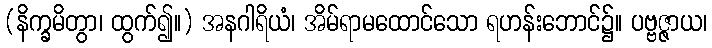
(နိက္ခမိတွာ၊ ထွက်၍။) အနဂါရိယံ၊ အိမ်ရာမထောင်သော ရဟန်းဘောင်၌။ ပဗ္ဗဇ္ဇာယ၊